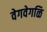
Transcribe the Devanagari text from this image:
वेगवेगळि